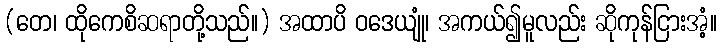
(တေ၊ ထိုကေစိဆရာတို့သည်။) အထာပိ ဝဒေယျုံ၊ အကယ်၍မူလည်း ဆိုကုန်ငြားအံ့။